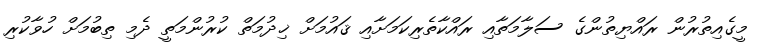
މީގެއިތުރުން ރައްޔިތުންގެ ސަލާމަތާއި ރައްކާތެރިކަމަށާއި ޤައުމަށް ޚިދުމަތް ކުރުންމަތީ ދެމި ތިބުމަށް ހުވާކުރި